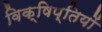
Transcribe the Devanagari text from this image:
विक्षिप्तियों